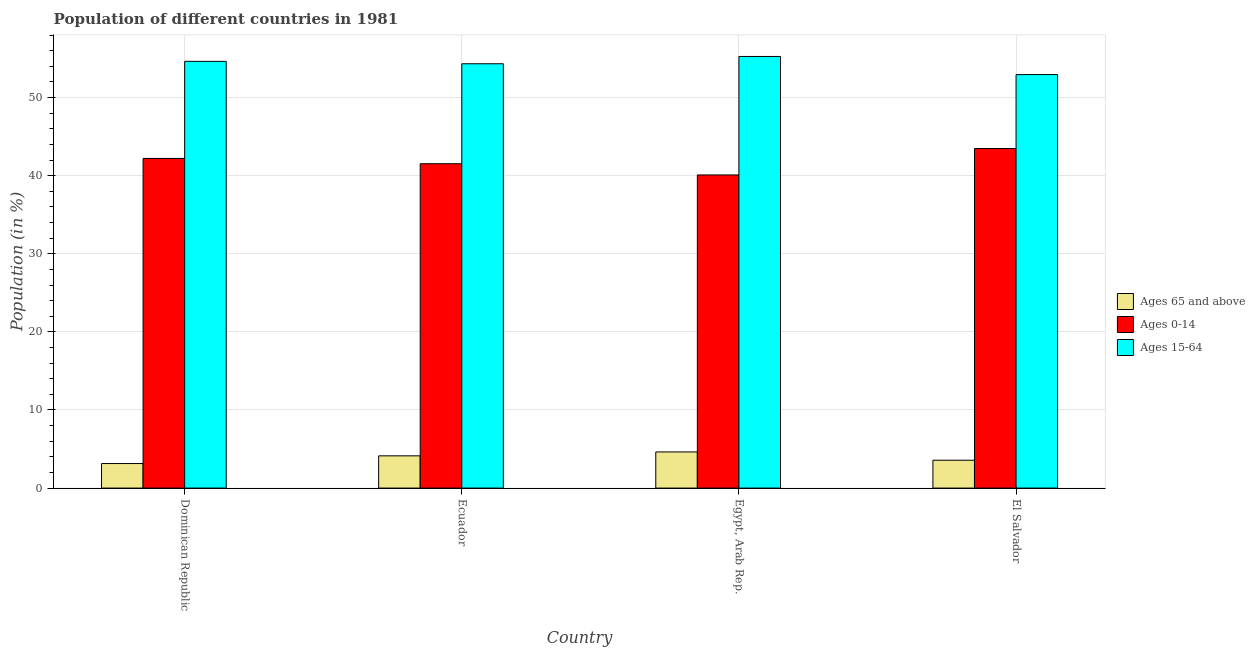
| Country | Ages 65 and above | Ages 0-14 | Ages 15-64 |
 | --- | --- | --- | --- |
 | Dominican Republic | 3.14 | 42.2 | 54.6 |
 | Ecuador | 4.13 | 41.5 | 54.3 |
 | Egypt, Arab Rep. | 4.63 | 40.1 | 55.3 |
 | El Salvador | 3.57 | 43.5 | 52.9 |